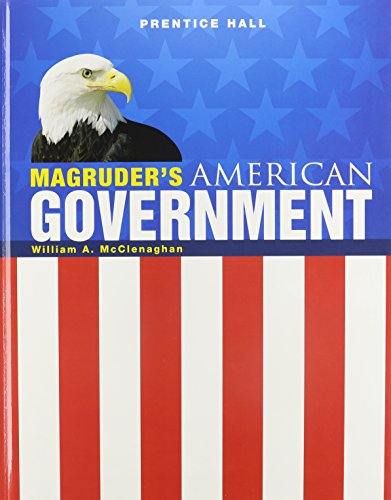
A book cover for Magruder's American Government 2009, Student Edition; William A. McClenaghan; Teen & Young Adult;